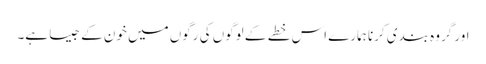
اور گروہ بندی کرنا ہمارے اس خطے کے لوگوں کی رگوں میں خون کے جیسا ہے۔